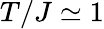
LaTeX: T/J\simeq 1